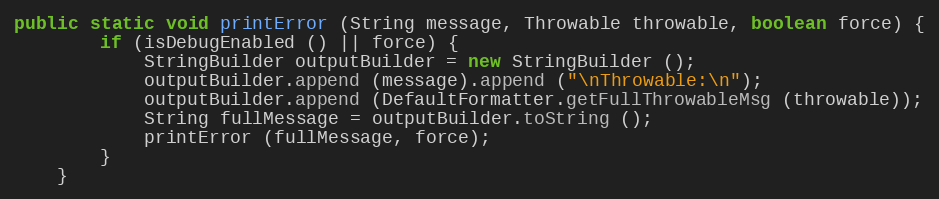
Language: Java
public static void printError (String message, Throwable throwable, boolean force) {
		if (isDebugEnabled () || force) {
			StringBuilder outputBuilder = new StringBuilder ();
			outputBuilder.append (message).append ("\nThrowable:\n");
			outputBuilder.append (DefaultFormatter.getFullThrowableMsg (throwable));
			String fullMessage = outputBuilder.toString ();
			printError (fullMessage, force);
		}
	}